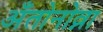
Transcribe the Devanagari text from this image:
अँतोनोव्ना